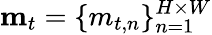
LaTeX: \mathbf{m}_{t}=\{ {m}_{t,n}\} _{n=1}^{H\times W}